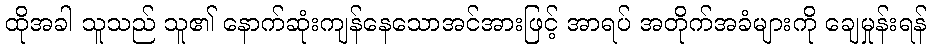
ထိုအခါ သူသည် သူ၏ နောက်ဆုံးကျန်နေသောအင်အားဖြင့် အာရပ် အတိုက်အခံများကို ချေမှုန်းရန်